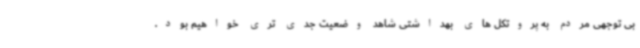
بی توجهی مردم به پروتکل های بهداشتی شاهد وضعیت جدی تری خواهیم بود.